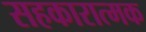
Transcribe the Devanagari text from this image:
सहकारात्मक